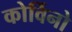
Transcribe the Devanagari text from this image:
कोर्विनो